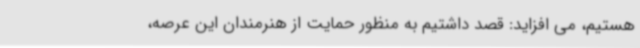
هستیم، می افزاید: قصد داشتیم به منظور حمایت از هنرمندان این عرصه،